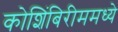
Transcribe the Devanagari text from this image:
कोशिंबिरीममध्ये